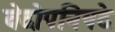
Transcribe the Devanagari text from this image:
वेदोपनिषदे